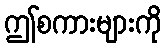
ဤစကားများကို